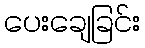
ပေးချေခြင်း